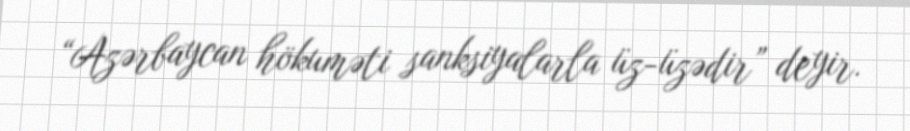
“Azərbaycan hökuməti sanksiyalarla üz-üzədir” deyir.